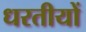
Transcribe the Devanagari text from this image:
धरतीयों